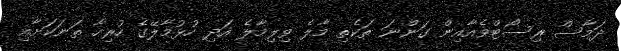
ދަމާސް ރިސޯޓްވެއާއިން ގަންނަ ތަކެތި މާލެ ވިލިމާލެ އަދި ހުޅުމާލޭގެ ހުރިހާ ތަނަކަށާއި